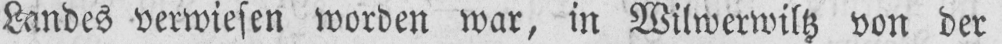
Landes verwiesen worden war, in Wilwerwiltz von der